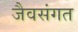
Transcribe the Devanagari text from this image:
जैवसंगत